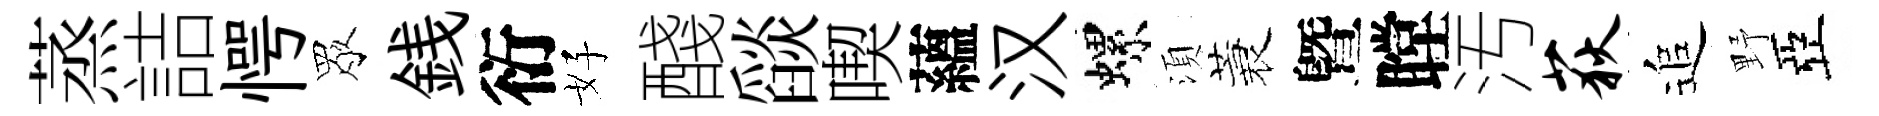
蒸詰愕眾銭衍好醆𦦨喫蘊汉螺湏蓑曁瞠汚荻追野亞